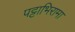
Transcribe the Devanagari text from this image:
पट्टाभिरामा